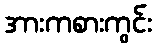
အားကစားကွင်း